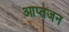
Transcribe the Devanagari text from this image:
आप्तजन